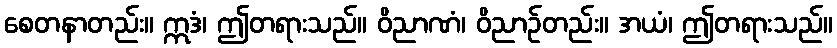
စေတနာတည်း။ ဣဒံ၊ ဤတရားသည်။ ဝိညာဏံ၊ ဝိညာဉ်တည်း။ အယံ၊ ဤတရားသည်။